King Institute of Preventive Medicine Micro-Biological Section reports 1909-11
Year: 1909
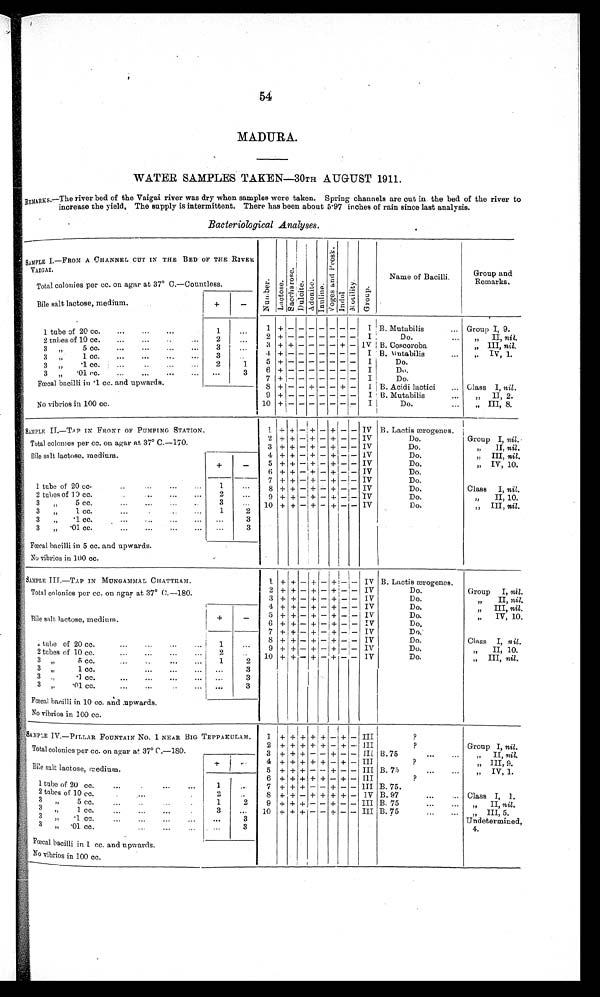
54
MADURA.
WATER SAMPLES TAKEN—30TH AUGUST 1911.
REMARKS.—The river bed of the Vaigai river was dry when samples were taken. Spring channels are cut in the bed of the river to
increase the yield. The supply is intermittent. There has been about 5.97 inches of rain since last analysis.
Bacteriological Analyses.
SAMPLE I.—FROM A CHANNEL CUT IN THE BED OF THE RIVER
VAIGAI.
N u m b e r . L a c t o s e .
S a c c h a r o s e .
D u l c i t e .
A d o n i t e . I n u l i n e .
V o g e s a n d p r o s k .
I ndol .
Mo t i l i t y . G r o u p .
Name of Bacilli.
Group and
Remarks.
Total colonies per cc. on agar at 37° C.—Countless.
Bile salt lactose, medium.
+
-
1 + - - - - - - - I B. Mutabilis
... Group I, 9.
1 tube of 20 cc.
...
. . . . . .
1
. . .
2 + - - - - - - - I
Do.
„ I I ,
n i l .
2 tubes of 10 cc.
...
... ...
2
. . .
3 + + - - - - + - IV B. Coscoroba
„ III, nil.
3 „ 5 cc. ...
...
...
...
3
. . .
4 + - - - - - - - I B. Mutabilis
„ I V , 1 .
3 „ 1 cc. ...
...
...
...
3
. . .
5 + - - - - - - - I
Do.
3 „ .1 cc. ...
..
...
...
2
1
6 + - - - - - - - I
Do.
3 „ .01 cc. ...
...
...
... . . .
3 7 + - - - - - - - I
D o .
Fœcal baci l l i i n . 1 cc. and upwar ds .
8 + - - + - - + - I B. Acidi lactici ... Class I, nil .
No vibrios in 100 cc.
9 + - - - - - - - I B. Mutabilis
...
„ I I , 2 .
1 0 + - - - - - - - I
Do.
... „ III, 8.
SAMPLE II.—TAP IN FRONT OF PUMPING STATION.
1 + + -
+
- + - - IV B. Lactis ærogenes.
Total colonies per cc. on agar at 37° C.—170.
2 + + - + - + - - IV
Do.
Group I, nil.
3 + + - + - + - - IV
Do.
„ II, nil.
Bile salt lactose. medium.
+
-
4 + + - + - +1 - - IV
Do.
„ III, nil.
5 + + - + - + - - IV
Do.
„ IV, 10.
6 + + - + - + - - IV
Do.
7 + + - + - + - - IV
Do.
1 tube of 20 cc.
1
. . .
8 + + - + - + - -
IV
Do.
C l a s s I ,
n i l
2 tubes of 10 cc.
2
. . .
9 + + - + - + - -
IV
Do.
„ II, 10.
3 „ 5 cc.
... ...
...
...
1
2
1 0 + + - + - + - - IV
Do.
„ III, nil.
3 „ 1 cc.
...
.. ...
. . .
3
3 „ .1 cc.
...
.,.
...
...
. . .
3
3 „ .01 cc.
...
...
...
...
. . . 3
Fœcal bacilli in 5 cc. and upwards.
No vibrios in 100 cc.
SAMPLE III.—TAP IN MUNGAMMAL CHATTRAM.
1 + + - + - + - - IV B. Lactis ærogenes.
Total colonies per cc. on agar at 37° C.—180.
2 + + - + - + - - IV
Do.
Group I, nil.
3 + + - + - + - - IV
Do
„ II, nil.
Bile salt lactose, medium.
+
-
4 + + - + - + - - IV
Do,
„ III, nil.
5 + + - + - + - - IV
Do.
„ IV, 10.
6 + + - + - + - -
IV
D o .
7 + + - + - + - - IV
Do.
1tube of 20 cc.
...
... ...
1
. . .
8 + + - + - + - - IV
Do.
Class I, nil.
2 tubes of 10 cc.
...
...
...
2
...
9 + + - + - + - - I V
Do.
„ II, 10.
3 „ 5 cc.
...
...
...
...
1
2 1 0 + + - + - + - - IV
Do.
„ III, nil.
3 „ 1 c c .
. . .
. . .
. . .
. . .
. . .
3
3 „ .1 cc. ... ... .. ...
. . .
3
3 „ . 0 1
c c .
. . .
. . .
. .
. . . . .
3
Fœcal bacilli in 10 cc. and upwards.
No vibrios in 100 cc.
SAMPLE IV.—PILLAR FOUNTAIN No. 1 NEAR BIG TEPPAKULAM.
1 + + + + + - + - III
?
Total colonies per cc. on agar at 37° C.—180.
2 + + + + + - + - III
?
Group I, nil.
3 + + + - - + - - III B.75
...
„ I I ,
n i l
Bile salt lactose, mmedium.
+
- 4 + + + + + - + - III
?
„ III, 9.
5 + + + - - + - - III B. 75 ...
IV, 1.
1 tube of 20 cc.
1
. . .
6 + + + + + - + -
III
?
7 + + + - - + - - III B. 75.
2 tubes of 10 cc.
2
. . .
8 + + - + + + + - I V B. 97
...
Class I, 1.
3 „ 5 cc.
...
1
2 9 + + + - - + - - III B. 75
...
„ II, nil.
3 „ 1 cc.
3
. . . 10 + + + - - + - - III B. 75
...
„ I I I , 5 .
3 „ .1 cc.
. . .
3
Undetermined,4.
3 „ . 0 1 c c .
. . .
. . .
3
Fœcal bacilli in 1 cc. and upwards.
No vibrios in 100 cc.